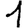
Digit: 1